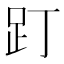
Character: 䟓